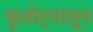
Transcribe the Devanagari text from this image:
फुलोर्‍यांतून